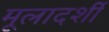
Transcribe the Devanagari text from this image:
मूलादर्शी